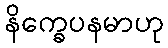
နိက္ခေပနမာဟု